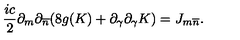
\frac { i c } { 2 } \partial _ { m } \partial _ { \overline { n } } ( 8 g ( K ) + \partial _ { \gamma } \partial _ { \gamma } K ) = J _ { m \overline { { n } } } .